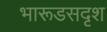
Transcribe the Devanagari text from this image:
भारूडसदृश